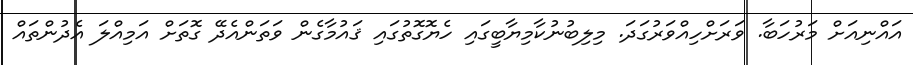
އައްނިއަށް މަރުހަބާ. ވަރަށްހިއްވަރުގަދަ. މިލިބުނުކާމިޔާބީގައި ހެޔޮގޮތުގައި ޤައުމާގެން ވަތަންއެދޭ ގޮތަށް އަމިއްލަ އެދުންތައް